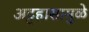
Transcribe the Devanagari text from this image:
अट्टहासामुळे